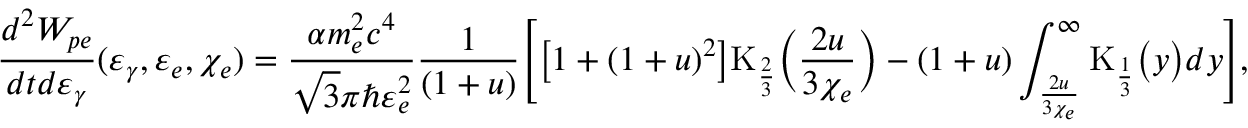
\frac { d ^ { 2 } W _ { p e } } { d t d \varepsilon _ { \gamma } } ( \varepsilon _ { \gamma } , \varepsilon _ { e } , \chi _ { e } ) = \frac { \alpha m _ { e } ^ { 2 } c ^ { 4 } } { \sqrt { 3 } \pi \hbar \varepsilon _ { e } ^ { 2 } } \frac { 1 } { ( 1 + u ) } \Biggl [ \bigl [ 1 + ( 1 + u ) ^ { 2 } \bigr ] \mathrm { K } _ { \frac { 2 } { 3 } } \Bigl ( \frac { 2 u } { 3 \chi _ { e } } \Bigr ) - ( 1 + u ) \int _ { \frac { 2 u } { 3 \chi _ { e } } } ^ { \infty } \mathrm { K } _ { \frac { 1 } { 3 } } \bigl ( y \bigr ) d y \Biggr ] ,